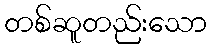
တစ်ဆူတည်းသော